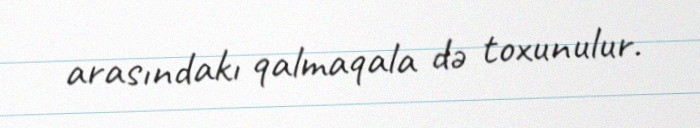
arasındakı qalmaqala də toxunulur.